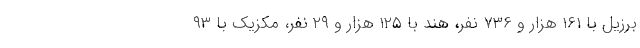
برزیل با ۱۶۱ هزار و ۷۳۶ نفر، هند با ۱۲۵ هزار و ۲۹ نفر، مکزیک با ۹۳